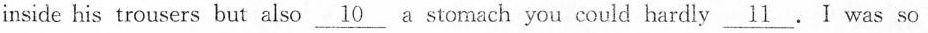
inside his trousers but also \underline{10} a stomach you could hardly \underline{11} .I was so